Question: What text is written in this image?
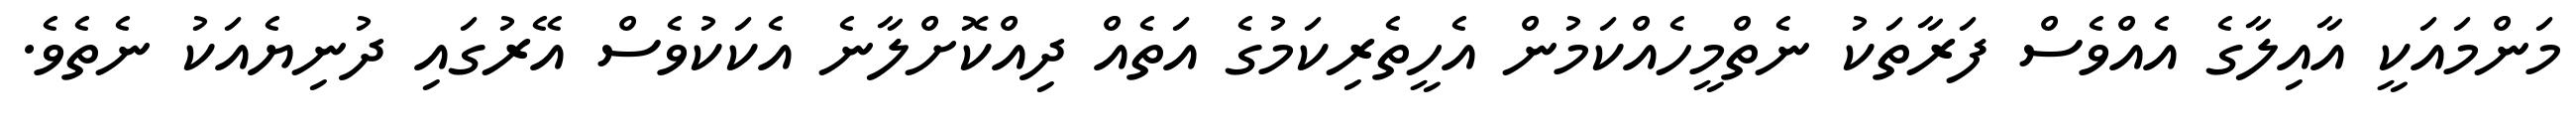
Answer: މަންމައަކީ އާއިލާގެ އެއްވެސް ފަރާތަކު ނެތްމީހެއްކަމުން އެހީތެރިކަމުގެ އަތެއް ދިއްކޮށްލާނެ އެކަކުވެސް އޭރުގައި ދުނިޔެއަކު ނެތެވެ.